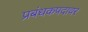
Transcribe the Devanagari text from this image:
प्रबंधकपदावर